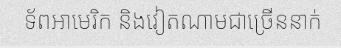
ទ័ពអាមេរិក និងវៀតណាមជាច្រើននាក់